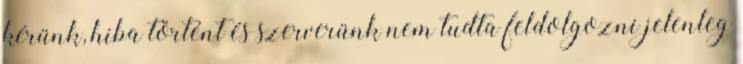
kérünk, hiba történt és szerverünk nem tudta feldolgozni jelenleg